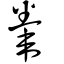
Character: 韏